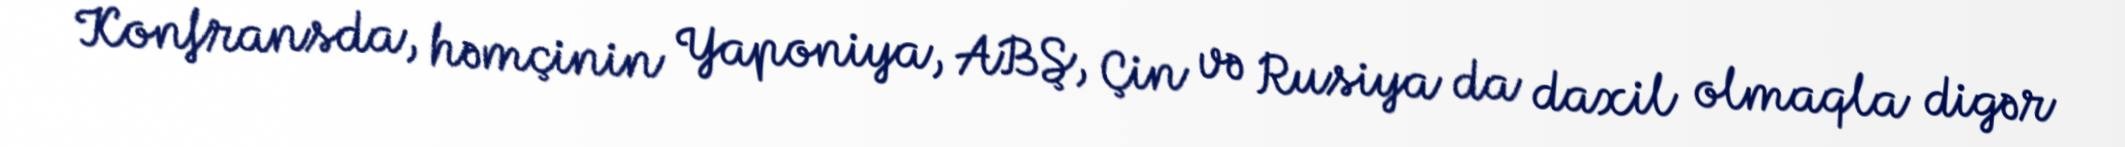
Konfransda, həmçinin Yaponiya, ABŞ, Çin və Rusiya da daxil olmaqla digər